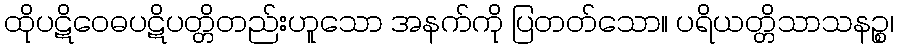
ထိုပဋိဝေဓပဋိပတ္တိတည်းဟူသော အနက်ကို ပြတတ်သော။ ပရိယတ္တိသာသနဉ္စ၊